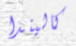
كاليندا